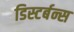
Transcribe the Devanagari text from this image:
डिस्टर्बन्स